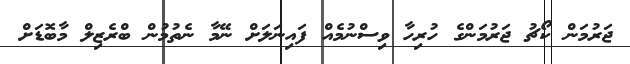
ޖަރުމަން ކޯޗު ޖަރުމަންގެ ހުރިހާ ވިސްނުމެއް ފައިނަލަށް ނޭމާ ނެތުމުން ބްރެޒިލް މާބޮޑަށް